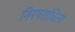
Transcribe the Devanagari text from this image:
निरपराधित्व